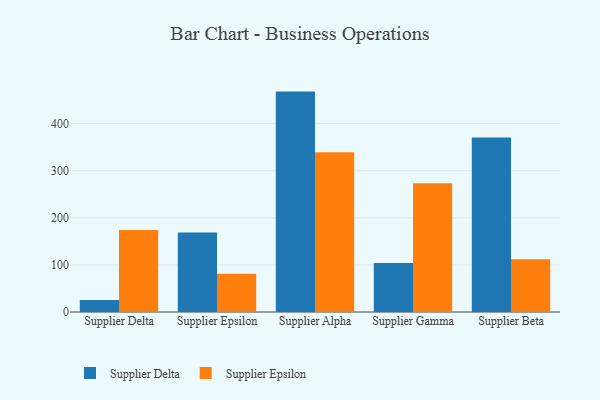
{"axis": {"x": "Supplier", "y": "Headcount"}, "legend": ["Supplier Delta", "Supplier Epsilon"], "data": [{"x": "Supplier Delta", "y": 25.5, "type": "Supplier Delta"}, {"x": "Supplier Delta", "y": 173.9, "type": "Supplier Epsilon"}, {"x": "Supplier Epsilon", "y": 168.8, "type": "Supplier Delta"}, {"x": "Supplier Epsilon", "y": 81.3, "type": "Supplier Epsilon"}, {"x": "Supplier Alpha", "y": 467.9, "type": "Supplier Delta"}, {"x": "Supplier Alpha", "y": 338.9, "type": "Supplier Epsilon"}, {"x": "Supplier Gamma", "y": 103.8, "type": "Supplier Delta"}, {"x": "Supplier Gamma", "y": 273.3, "type": "Supplier Epsilon"}, {"x": "Supplier Beta", "y": 370.2, "type": "Supplier Delta"}, {"x": "Supplier Beta", "y": 111.8, "type": "Supplier Epsilon"}]}